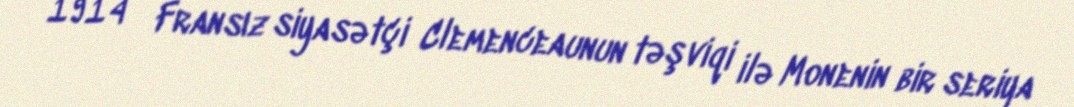
1914ː Fransız siyasətçi Clemenceaunun təşviqi ilə Monenin bir seriya